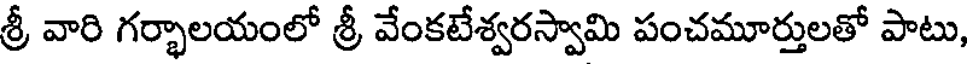
శ్రీ వారి గర్భాలయంలో శ్రీ వేంకటేశ్వరస్వామి పంచమూర్తులతో పాటు,